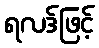
ရလဒ်ဖြင့်